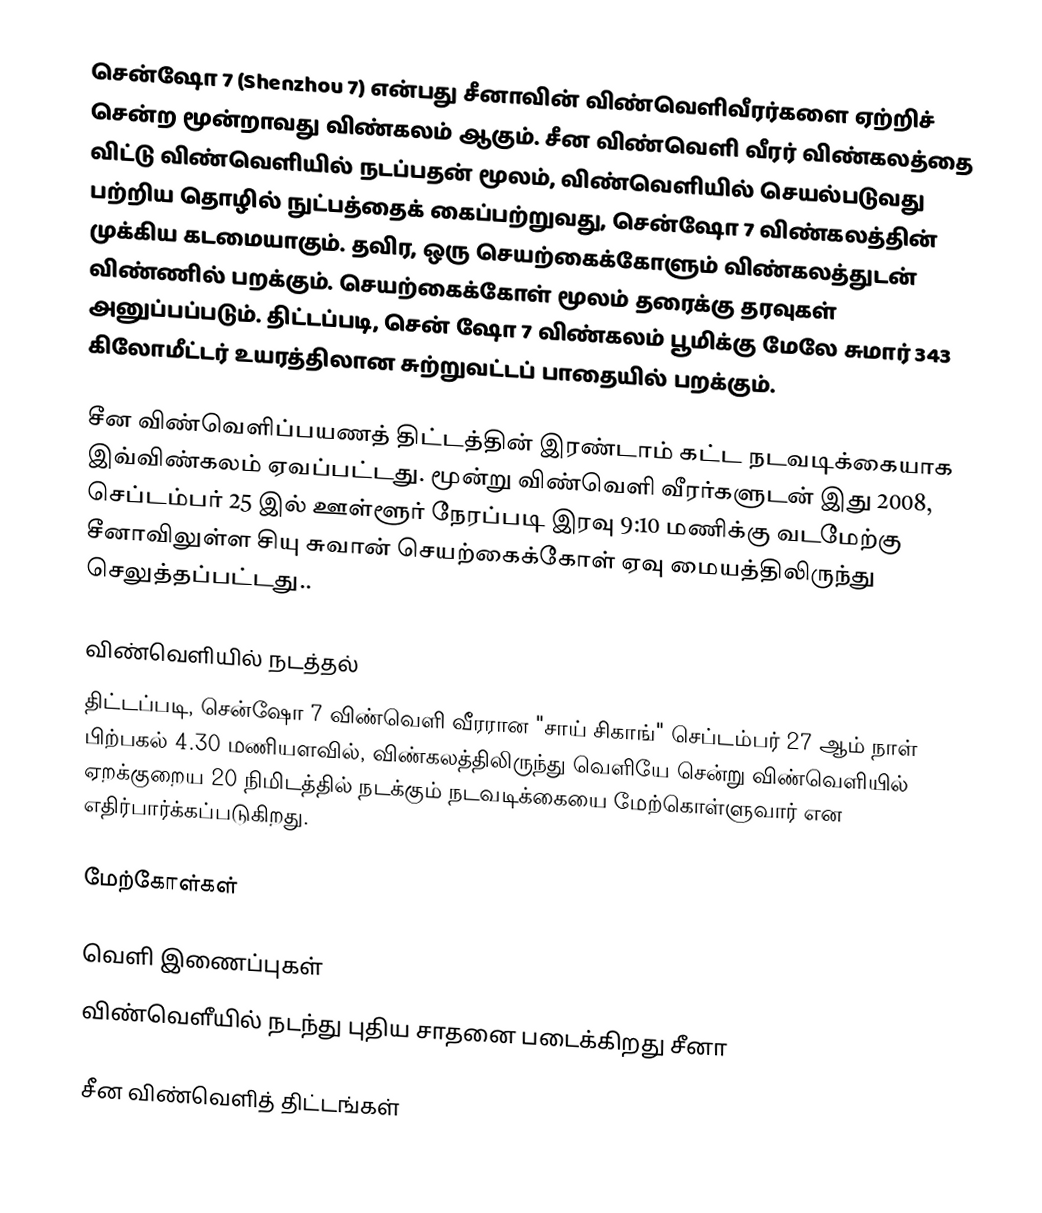
சென்ஷோ 7 (Shenzhou 7) என்பது சீனாவின் விண்வெளிவீரர்களை ஏற்றிச் சென்ற மூன்றாவது விண்கலம் ஆகும். சீன விண்வெளி வீரர் விண்கலத்தை விட்டு விண்வெளியில் நடப்பதன் மூலம், விண்வெளியில் செயல்படுவது பற்றிய தொழில் நுட்பத்தைக் கைப்பற்றுவது, சென்ஷோ 7 விண்கலத்தின் முக்கிய கடமையாகும். தவிர, ஒரு செயற்கைக்கோளும் விண்கலத்துடன் விண்ணில் பறக்கும். செயற்கைக்கோள் மூலம் தரைக்கு தரவுகள் அனுப்பப்படும். திட்டப்படி, சென் ஷோ 7 விண்கலம் பூமிக்கு மேலே சுமார் 343 கிலோமீட்டர் உயரத்திலான சுற்றுவட்டப் பாதையில் பறக்கும்.

சீன விண்வெளிப்பயணத் திட்டத்தின் இரண்டாம் கட்ட நடவடிக்கையாக இவ்விண்கலம் ஏவப்பட்டது. மூன்று விண்வெளி வீரர்களுடன் இது 2008, செப்டம்பர் 25 இல் ஊள்ளூர் நேரப்படி இரவு 9:10 மணிக்கு வடமேற்கு சீனாவிலுள்ள சியு சுவான் செயற்கைக்கோள் ஏவு மையத்திலிருந்து செலுத்தப்பட்டது..

விண்வெளியில் நடத்தல்
திட்டப்படி, சென்ஷோ 7 விண்வெளி வீரரான "சாய் சிகாங்" செப்டம்பர் 27 ஆம் நாள் பிற்பகல் 4.30 மணியளவில், விண்கலத்திலிருந்து வெளியே சென்று விண்வெளியில் ஏறக்குறைய 20 நிமிடத்தில் நடக்கும் நடவடிக்கையை மேற்கொள்ளுவார் என எதிர்பார்க்கப்படுகிறது.

மேற்கோள்கள்

வெளி இணைப்புகள்
 விண்வெளீயில் நடந்து புதிய சாதனை படைக்கிறது சீனா

சீன விண்வெளித் திட்டங்கள்